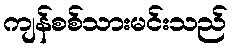
ကျန်စစ်သားမင်းသည်